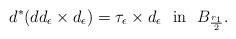
LaTeX: \begin{align*}d^*(d d_\epsilon\times d_\epsilon)=\tau_\epsilon\times d_\epsilon\ \ {\rm{in}}\ \ B_{\frac{r_1}2}.\end{align*}